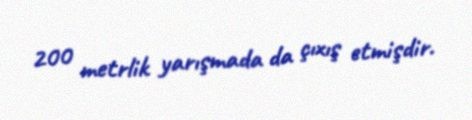
200 metrlik yarışmada da çıxış etmişdir.